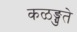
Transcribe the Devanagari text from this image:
कळङ्गुते